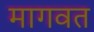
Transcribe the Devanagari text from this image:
मागवत